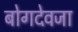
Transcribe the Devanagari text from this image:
बोगदेवजा